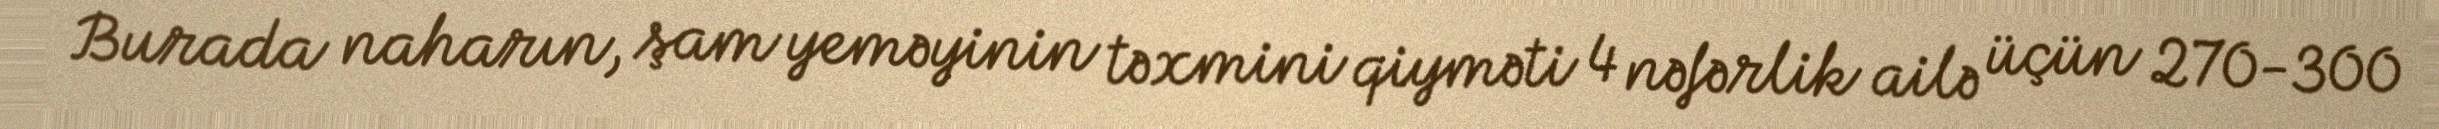
Burada naharın, şam yeməyinin təxmini qiyməti 4 nəfərlik ailə üçün 270-300